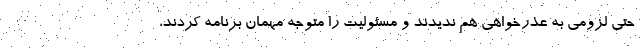
حتی لزومی به عذرخواهی هم ندیدند و مسئولیت را متوجه مهمان برنامه کردند،